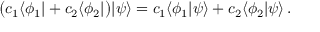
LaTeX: { \bigl ( } c _ { 1 } \langle \phi _ { 1 } | + c _ { 2 } \langle \phi _ { 2 } | { \bigr ) } | \psi \rangle = c _ { 1 } \langle \phi _ { 1 } | \psi \rangle + c _ { 2 } \langle \phi _ { 2 } | \psi \rangle \, .